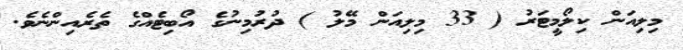
މިލިއަން ކިލޯމީޓަރު ( 33 މިލިއަން މޭލު ) ދުރުމިނުގެ އޯބިޓެއްގެ ތެރެއިންނެވެ.